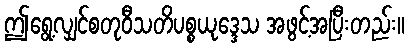
ဤရွေ့လျှင်စတုဝီသတိပစ္စယုဒ္ဒေသ အဖွင့်အပြီးတည်း။